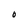
Character: 0